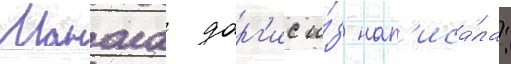
Манола дарг'ис и́з нап'иса́ла: